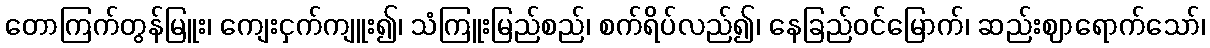
တောကြက်တွန်မြူး၊ ကျေးငှက်ကျူး၍၊ သံကြူးမြည်စည်၊ စက်ရိပ်လည်၍၊ နေခြည်ဝင်မြောက်၊ ဆည်းဈာရောက်သော်၊